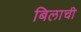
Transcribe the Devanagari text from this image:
बिलाची